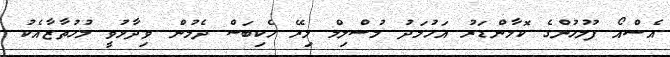
އެސްއޯ ފުލުހުންގެ ކޮމާންޑަރު އަހުމަދު މުސްލިމް މިރޭ ހެކިބަސް ދެމުން ވިދާޅުވީ މުހުތާޒާއެކު